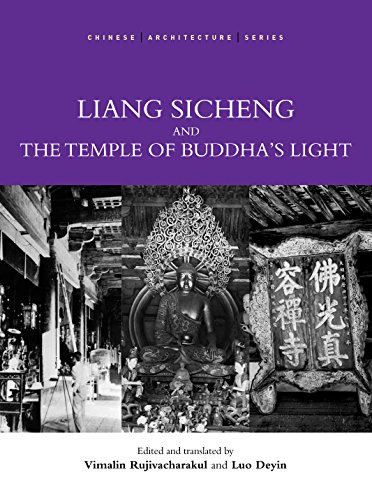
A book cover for Liang Sicheng and the Temple of Buddha's Light; Vimalin Rujivacharakul; Religion & Spirituality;